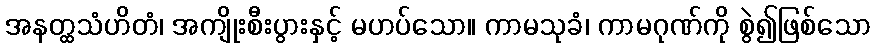
အနတ္ထသံဟိတံ၊ အကျိုးစီးပွားနှင့် မဟပ်သော။ ကာမသုခံ၊ ကာမဂုဏ်ကို စွဲ၍ဖြစ်သော